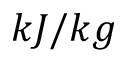
k J / k g